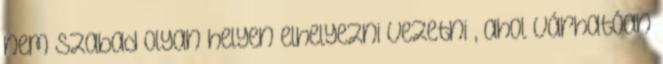
nem szabad olyan helyen elhelyezni vezetni , ahol várhatóan